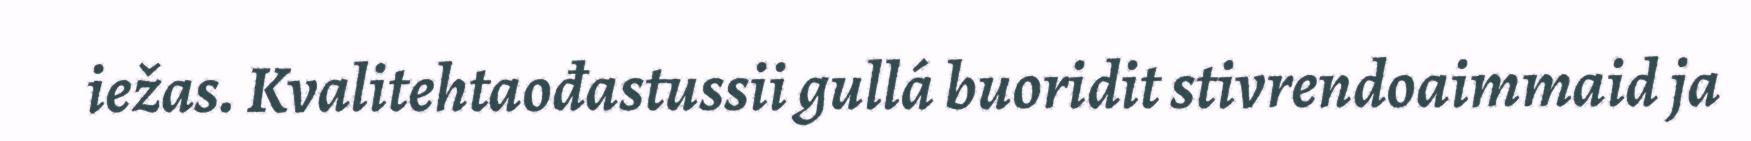
iežas. Kvalitehtaođastussii gullá buoridit stivrendoaimmaid ja